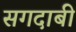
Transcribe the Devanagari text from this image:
सगदाबी